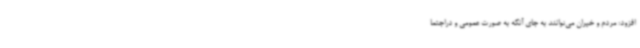
افزود: مردم و خیران می‌توانند به جای آنکه به صورت عمومی و دراجتما